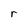
Character: r